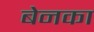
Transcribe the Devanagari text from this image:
बेनका